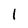
Character: 1